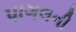
પાગલની